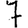
Digit: 7